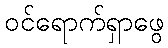
ဝင်ရောက်ရှာဖွေ